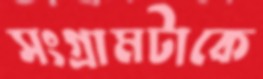
সংগ্রামটাকে